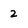
Character: 2